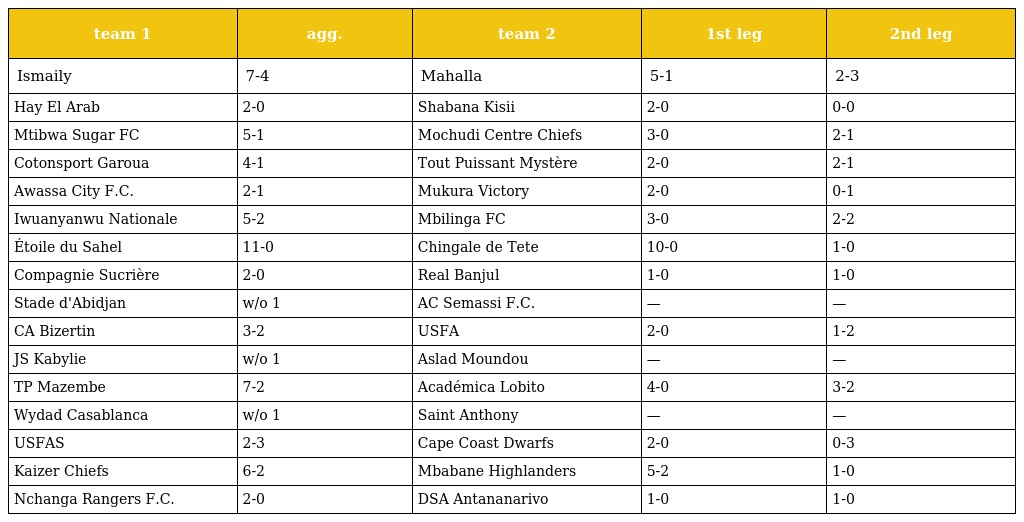
| team 1 | agg. | team 2 | 1st leg | 2nd leg |
 | --- | --- | --- | --- | --- |
 | Ismaily | 7-4 | Mahalla | 5-1 | 2-3 |
 | Hay El Arab | 2-0 | Shabana Kisii | 2-0 | 0-0 |
 | Mtibwa Sugar FC | 5-1 | Mochudi Centre Chiefs | 3-0 | 2-1 |
 | Cotonsport Garoua | 4-1 | Tout Puissant Mystère | 2-0 | 2-1 |
 | Awassa City F.C. | 2-1 | Mukura Victory | 2-0 | 0-1 |
 | Iwuanyanwu Nationale | 5-2 | Mbilinga FC | 3-0 | 2-2 |
 | Étoile du Sahel | 11-0 | Chingale de Tete | 10-0 | 1-0 |
 | Compagnie Sucrière | 2-0 | Real Banjul | 1-0 | 1-0 |
 | Stade d'Abidjan | w/o 1 | AC Semassi F.C. | — | — |
 | CA Bizertin | 3-2 | USFA | 2-0 | 1-2 |
 | JS Kabylie | w/o 1 | Aslad Moundou | — | — |
 | TP Mazembe | 7-2 | Académica Lobito | 4-0 | 3-2 |
 | Wydad Casablanca | w/o 1 | Saint Anthony | — | — |
 | USFAS | 2-3 | Cape Coast Dwarfs | 2-0 | 0-3 |
 | Kaizer Chiefs | 6-2 | Mbabane Highlanders | 5-2 | 1-0 |
 | Nchanga Rangers F.C. | 2-0 | DSA Antananarivo | 1-0 | 1-0 |